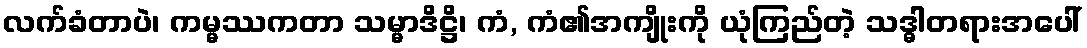
လက်ခံတာပဲ၊ ကမ္မဿကတာ သမ္မာဒိဋ္ဌိ၊ ကံ, ကံ၏အကျိုးကို ယုံကြည်တဲ့ သဒ္ဓါတရားအပေါ်